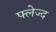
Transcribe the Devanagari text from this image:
फ्लेज्द